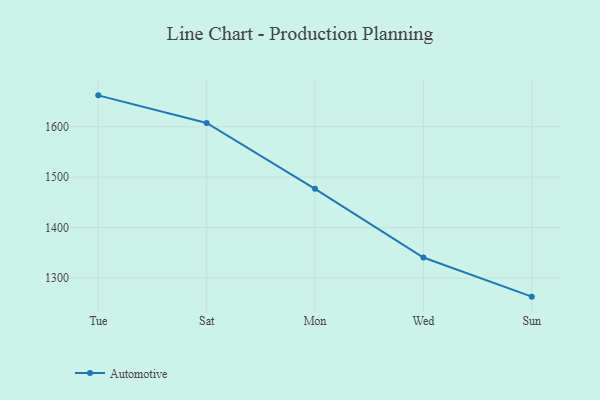
{"axis": {"x": "Day", "y": "Conversion Rate (%)"}, "legend": ["Automotive"], "data": [{"x": "Tue", "y": 1662.1, "type": "Automotive"}, {"x": "Sat", "y": 1607.4, "type": "Automotive"}, {"x": "Mon", "y": 1476.9, "type": "Automotive"}, {"x": "Wed", "y": 1340.7, "type": "Automotive"}, {"x": "Sun", "y": 1263.2, "type": "Automotive"}]}